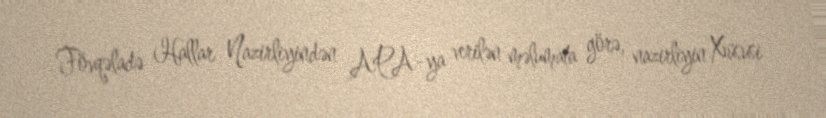
Fövqəladə Hallar Nazirliyindən APA-ya verilən məlumata görə, nazirliyin Xüsusi